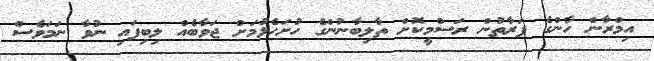
އިމްރާން ހާންގެ ފަރާތުން ރަސްމީކޮށް ތާލިބާނުންގެ ހުށަހެޅުމަށް ޖަވާބެއް ލިބިފައި ނުވާ ނަމަވެސް